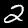
Digit: 2